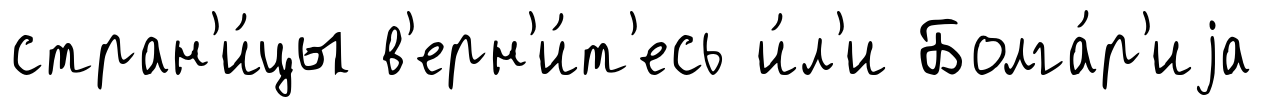
стран'и́цы в'ерн'и́т'есь и́л'и Болга́р'иjа